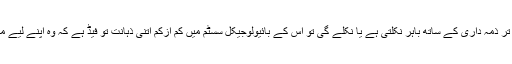
تو قارعین عورت جب اپنی تمام تر ذمہ داری کے ساتھ باہر نکلتی ہے یا نکلے گی تو اس کے بائیولوجیکل سسٹم میں کم ازکم اتنی ذہانت تو فیڈ ہے کہ وہ اپنے لیے مناسب چیزوں کا چناؤ کر سکے۔